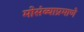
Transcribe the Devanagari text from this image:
मोसंब्याप्रमाणे